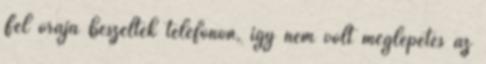
Fél órája beszéltek telefonon, így nem volt meglepetés az